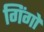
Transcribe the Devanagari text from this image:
गिंगो